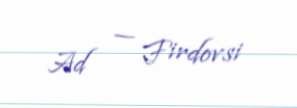
Ad — Firdovsi